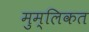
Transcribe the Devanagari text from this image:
मुम्लिकत